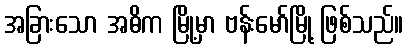
အခြားသော အဓိက မြို့မှာ ဗန်းမော်မြို့ ဖြစ်သည်။